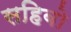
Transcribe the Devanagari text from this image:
सहिबो